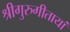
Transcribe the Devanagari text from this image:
श्रीगुरुगीतायां